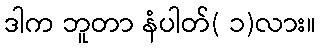
ဒါက ဘူတာ နံပါတ်( ၁)လား။